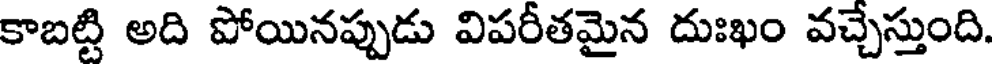
కాబట్టి అది పోయినప్పుడు విపరీతమైన దుఃఖం వచ్చేస్తుంది.